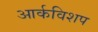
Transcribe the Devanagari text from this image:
आर्कविशप